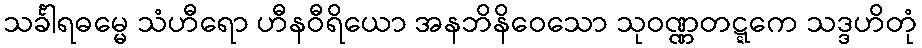
သင်္ခါရဓမ္မေ သံဟီရော ဟီနဝီရိယော အနဘိနိဝေသော သုဝဏ္ဏတဋ္ဋကေ သဒ္ဒဟိတုံ